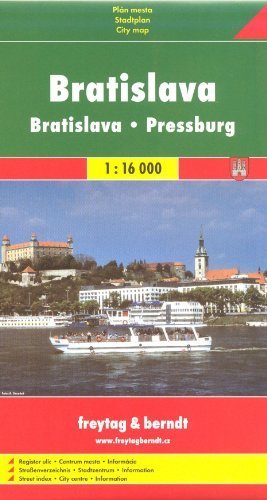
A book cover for Bratislava (Slovakia) 1:16,000 Street Map SHOCART; Shoc Art; Travel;